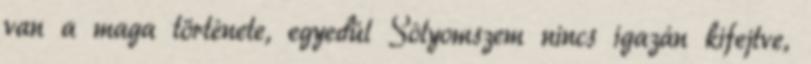
van a maga története, egyedül Sólyomszem nincs igazán kifejtve,